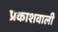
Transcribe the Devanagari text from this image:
प्रकाशवाली